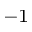
^ { - 1 }